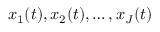
x _ { 1 } ( t ) , x _ { 2 } ( t ) , \dotsc , x _ { J } ( t )